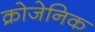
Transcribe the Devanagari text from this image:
क्रोजेनिक